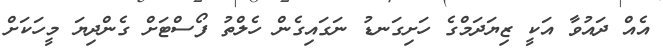
އެއް ދައުވާ އަކީ ޒިޔަދަމްގެ ހަށިގަނޑު ނަގައިގެން ހެލްތު ފޯސްޓަށް ގެންދިޔަ މީހަކަށް